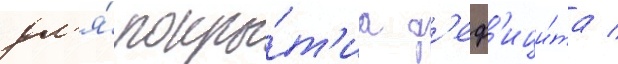
дл'я́ покры́т'иа д'еф'ици́та /